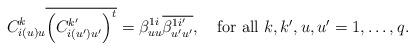
LaTeX: \begin{align*}C_{i(u)u}^{k}\overline{\left(C_{i\left(u'\right)u'}^{k'}\right)^{t}}=\beta^{1i}_{uu}\overline{\beta^{1i'}_{u'u'}},\quad\mbox{for all $k,k',u,u'=1,\dots,q$.}\end{align*}